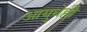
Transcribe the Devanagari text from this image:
आयुधेही